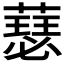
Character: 𫉝